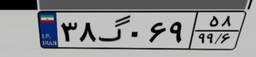
۳۸گ۰۶۹۵۸